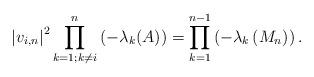
LaTeX: \begin{align*} \left|v_{i, n}\right|^{2} \prod_{k=1 ; k \neq i}^{n}\left(-\lambda_{k}(A)\right)=\prod_{k=1}^{n-1}\left(-\lambda_{k}\left(M_{n}\right)\right) . \end{align*}